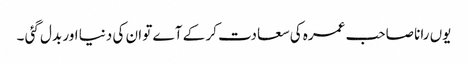
یوں رانا صاحب عمرہ کی سعادت کر کے آے تو ان کی دنیا اور بدل گئی ۔